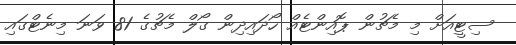
ސިޓީއަށް މި މެޗުން ޕޮއިންޓެއް ހޯދައިދިން ގޯލް މެޗުގެ 81 ވަނަ މިނެޓްގައި